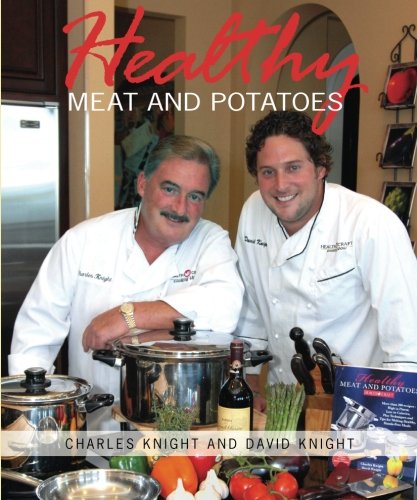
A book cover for Healthy Meat and Potatoes for Waterless Cookware; Charles Knight; Cookbooks, Food & Wine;